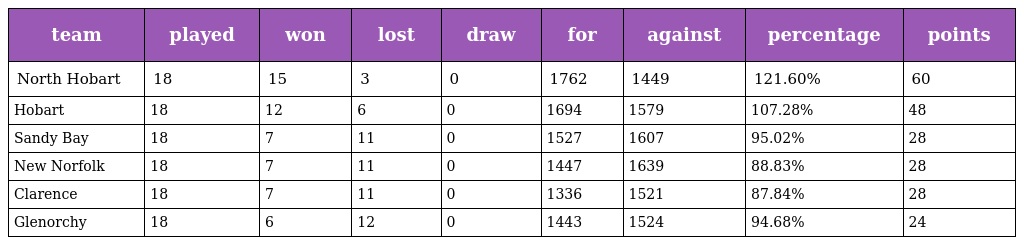
| team | played | won | lost | draw | for | against | percentage | points |
 | --- | --- | --- | --- | --- | --- | --- | --- | --- |
 | North Hobart | 18 | 15 | 3 | 0 | 1762 | 1449 | 121.60% | 60 |
 | Hobart | 18 | 12 | 6 | 0 | 1694 | 1579 | 107.28% | 48 |
 | Sandy Bay | 18 | 7 | 11 | 0 | 1527 | 1607 | 95.02% | 28 |
 | New Norfolk | 18 | 7 | 11 | 0 | 1447 | 1639 | 88.83% | 28 |
 | Clarence | 18 | 7 | 11 | 0 | 1336 | 1521 | 87.84% | 28 |
 | Glenorchy | 18 | 6 | 12 | 0 | 1443 | 1524 | 94.68% | 24 |